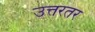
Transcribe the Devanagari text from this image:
उत्तरतर